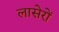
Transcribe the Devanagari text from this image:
लासेरों